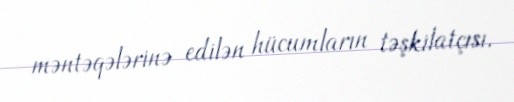
məntəqələrinə edilən hücumların təşkilatçısı.